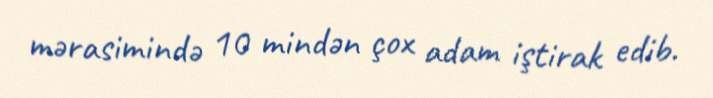
mərasimində 10 mindən çox adam iştirak edib.